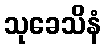
သုခေသိနံ